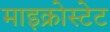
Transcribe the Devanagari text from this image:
माइक्रोस्टेट